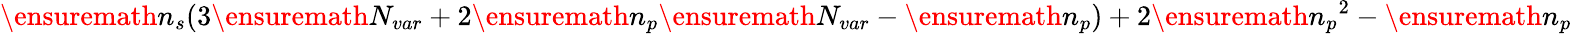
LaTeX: \ensuremath{n_{s}}(3\ensuremath{N_{var}}+2\ensuremath{n_{p}}\ensuremath{N_{var}}-\ensuremath{n_{p}})+2\ensuremath{n_{p}}^{2}-\ensuremath{n_{p}}